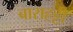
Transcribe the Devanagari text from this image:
बाराहट्टी